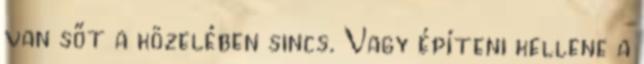
van sőt a közelében sincs. Vagy építeni kellene a